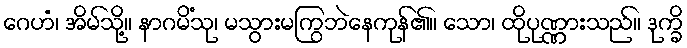
ဂေဟံ၊ အိမ်သို့။ နာဂမိံသု၊ မသွားမကြွဘဲနေကုန်၏။ သော၊ ထိုပုဏ္ဏားသည်။ ဒုက္ခိ